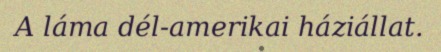
A láma dél-amerikai háziállat.